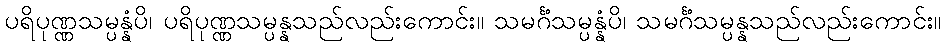
ပရိပုဏ္ဏသမ္ပန္နံပိ၊ ပရိပုဏ္ဏသမ္ပန္နသည်လည်းကောင်း။ သမင်္ဂံသမ္ပန္နံပိ၊ သမင်္ဂံသမ္ပန္နသည်လည်းကောင်း။